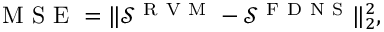
\begin{array} { r } { \mathrm { ~ M ~ S ~ E ~ } = \lVert \mathcal { S } ^ { \mathrm { ~ R ~ V ~ M ~ } } - \mathcal { S } ^ { \mathrm { ~ F ~ D ~ N ~ S ~ } } \rVert _ { 2 } ^ { 2 } , } \end{array}